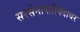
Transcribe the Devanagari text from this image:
सरसेनापतीपदावर